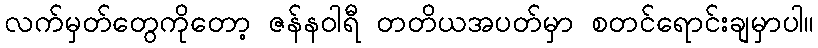
လက်မှတ်တွေကိုတော့ ဇန်နဝါရီ တတိယအပတ်မှာ စတင်ရောင်းချမှာပါ။